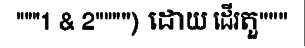
"""1 & 2"""") ដោយ ដើរតួ"""